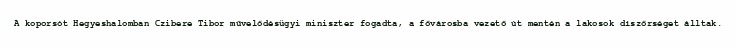
A koporsót Hegyeshalomban Czibere Tibor művelődésügyi miniszter fogadta, a fővárosba vezető út mentén a lakosok díszőrséget álltak.